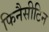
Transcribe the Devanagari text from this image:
फिनैसीटिन